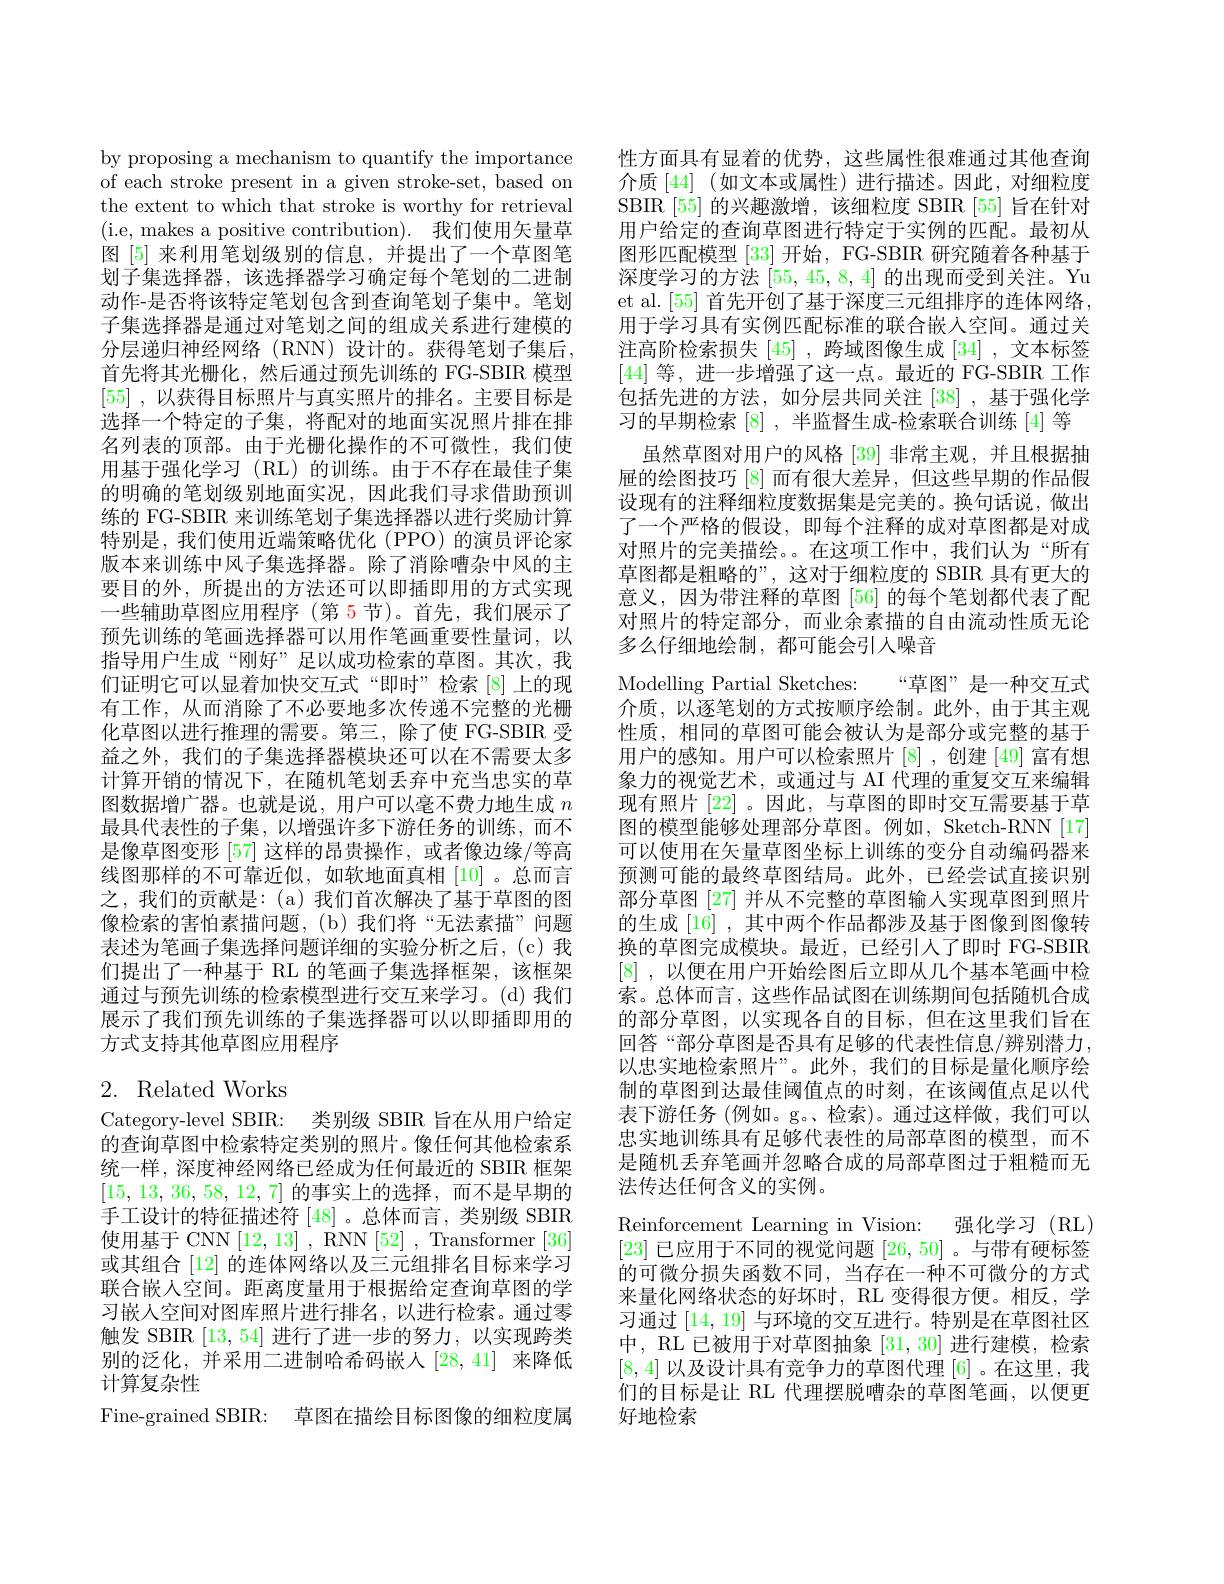
by proposing a mechanism to quantify the importance of each stroke present in a given stroke-set, based on the extent to which that stroke is worthy for retrieval (i.e, makes a positive contribution). 我们使用矢量草图 [5] 来利用笔划级别的信息，并提出了一个草图笔划子集选择器，该选择器学习确定每个笔划的二进制动作-是否将该特定笔划包含到查询笔划子集中。笔划子集选择器是通过对笔划之间的组成关系进行建模的分层递归神经网络(RNN)设计的。获得笔划子集后， 首先将其光栅化，然后通过预先训练的 FG-SBIR 模型[55] , 以获得目标照片与真实照片的排名。主要目标是选择一个特定的子集，将配对的地面实况照片排在排名列表的顶部。由于光栅化操作的不可微性，我们使用基于强化学习 (RL)的训练。由于不存在最佳子集的明确的笔划级别地面买况，因此我们寻求借助预训练的 FG-SBIR 来训练笔划子集选择器以进行奖励计算特别是，我们使用近端策略优化 (PPO) 的演员评论家版本来训练中风子集选择器。除了消除嘈杂中风的主要目的外，所提出的方法还可以即插即用的方式实现一些辅助草图应用程序 (第 5 节)。首先，我们展示了预先训练的笔画选择器可以用作笔画重要性量词，以指导用户生成“刚好”足以成功检索的草图。其次，我们证明它可以显着加快交互式“即时”检索[8]上的现有工作，从而消除了不必要地多次传递不完整的光栅化草图以进行推理的需要。第三，除了使 FG-SBIR 受益之外，我们的子集选择器模块还可以在不需要太多计算开销的情况下，在随机笔划丢弃中充当忠实的草图数据增广器。也就是说，用户可以毫不费力地生成$n$ 最具代表性的子集，以增强许多下游任务的训练，而不是像草图变形 [57] 这样的昂贵操作，或者像边缘/等高线图那样的不可靠近似，如软地面真相[10]。总而言之，我们的贡献是：(a)我们首次解决了基于草图的图像检索的害怕素描问题，(b)我们将“无法素描”问题表述为笔画子集选择问题详细的实验分析之后，(c)我们提出了一种基于 RL 的笔画子集选择框架，该框架通过与预先训练的检索模型进行交互来学习。(d)我们展示了我们预先训练的子集选择器可以以即插即用的方式支持其他草图应用程序

# 2. Related Works

Category-level SBIR: 类别级 SBIR 旨在从用户给定的查询草图中检索特定类别的照片。像任何其他检索系统一样，深度神经网络已经成为任何最近的 SBIR 框架[15,13,36,58,12,7]的事实上的选择，而不是早期的手工设计的特征描述符 [48] 。总体而言，类别级 SBIR 使用基于 CNN [12, 13] , RNN [52] , Transformer [36] 或其组合[12]的连体网络以及三元组排名目标来学习联合嵌人空间。距离度量用于根据给定查询草图的学习嵌人空间对图库照片进行排名，以进行检索。通过零触发 SBIR [13,54] 进行了进一步的努力，以实现跨类别的泛化，并采用二进制哈希码嵌人[28,41] 来降低计算复杂性
Fine-grained SBIR: 草图在描绘目标图像的细粒度属

性方面具有显着的优势，这些属性很难通过其他查询介质[44](如文本或属性)进行描述。因此，对细粒度SBIR [55] 的兴趣激增，该细粒度 SBIR [55] 旨在针对用户给定的查询草图进行特定于实例的匹配。最初从图形匹配模型 [33] 开始，FG-SBIR 研究随着各种基于深度学习的方法[55,45,8,4]的出现而受到关注。Yu et al. [55] 首先开创了基于深度三元组排序的连体网络， 用于学习具有实例匹配标准的联合嵌入空间。通过关注高阶检索损失[45] ,跨域图像生成 [34] ,文本标签[44]等，进一步增强了这一点。最近的 FG-SBIR 工作包括先进的方法，如分层共同关注[38],基于强化学习的早期检索[8] ,半监督生成-检索联合训练 [4] 等
虽然草图对用户的风格[39]非常主观，并且根据抽屉的绘图技巧 [8]而有很大差异，但这些早期的作品假设现有的注释细粒度数据集是完美的。换句话说，做出了一个严格的假设，即每个注释的成对草图都是对成对照片的完美描绘。在这项工作中，我们认为“所有草图都是粗略的”, 这对于细粒度的 SBIR 具有更大的意义，因为带注释的草图[56]的每个笔划都代表了配对照片的特定部分，而业余素描的自由流动性质无论多么仔细地绘制，都可能会引人噪音
Modelling Partial Sketches: “草图”是一种交互式介质，以逐笔划的方式按顺序绘制。此外，由于其主观性质，相同的草图可能会被认为是部分或完整的基于用户的感知。用户可以检索照片[8],创建 [49] 富有想象力的视觉艺术，或通过与 AI 代理的重复交互来编辑现有照片[22] 。因此，与草图的即时交互需要基于草图的模型能够处理部分草图。例如，Sketch-RNN[17] 可以使用在矢量草图坐标上训练的变分自动编码器来预测可能的最终草图结局。此外，已经尝试直接识别部分草图 [27] 并从不完整的草图输入实现草图到照片的生成[16] ,其中两个作品都涉及基于图像到图像转换的草图完成模块。最近，已经引人了即时 FG-SBIR [8] , 以便在用户开始绘图后立即从几个基本笔画中检索。总体而言，这些作品试图在训练期间包括随机合成的部分草图，以实现各自的目标，但在这里我们旨在回答“部分草图是否具有足够的代表性信息/辨别潜力， 以忠实地检索照片”。此外，我们的目标是量化顺序绘制的草图到达最佳阈值点的时刻，在该阈值点足以代表下游任务 (例如。g。、检索)。通过这样做，我们可以忠实地训练具有足够代表性的局部草图的模型，而不是随机丢弃笔画并忽略合成的局部草图过于粗糙而无法传达任何含义的实例。
Reinforcement Learning in Vision: 强化学习 (RL) [23]已应用于不同的视觉问题[26,50] 。与带有硬标签的可微分损失函数不同，当存在一种不可微分的方式来量化网络状态的好坏时，RL 变得很方便。相反，学习通过[14,19]与环境的交互进行。特别是在草图社区中，RL 已被用于对草图抽象[31,30]进行建模，检索[8,4]以及设计具有竞争力的草图代理[6] 。在这里，我们的目标是让 RL 代理摆脱嘈杂的草图笔画，以便更好地检索